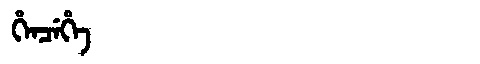
Manchu: ᡥᡝᠨᠴᡝᡥᡝ
Romanization: HENCEHE